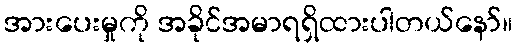
အားပေးမှုကို အခိုင်အမာရရှိထားပါတယ်နော်။